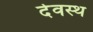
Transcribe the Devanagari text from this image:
देवस्थ